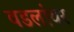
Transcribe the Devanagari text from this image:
वडलांवर